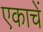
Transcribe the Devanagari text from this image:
एकाचें